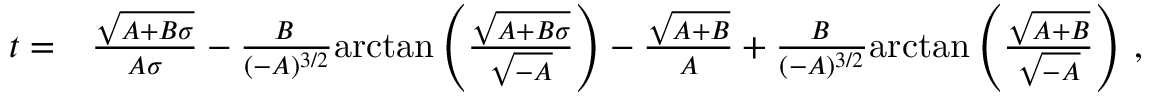
\begin{array} { r l } { t = } & { { } \frac { \sqrt { A + B \sigma } } { A \sigma } - \frac { B \, } { ( - A ) ^ { 3 / 2 } } \mathrm { a r c t a n } \left( \frac { \sqrt { A + B \sigma } } { \sqrt { - A } } \right) - \frac { \sqrt { A + B } } { A } + \frac { B \, } { ( - A ) ^ { 3 / 2 } } \mathrm { a r c t a n } \left( \frac { \sqrt { A + B } } { \sqrt { - A } } \right) \, , } \end{array}